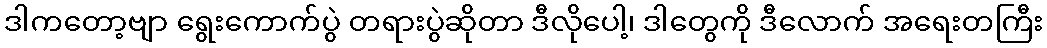
ဒါကတော့ဗျာ ရွေးကောက်ပွဲ တရားပွဲဆိုတာ ဒီလိုပေါ့၊ ဒါတွေကို ဒီလောက် အရေးတကြီး